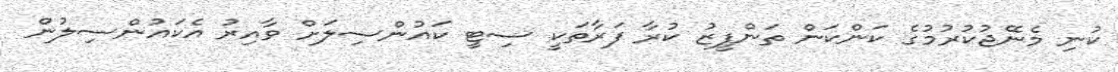
ކުނި މެނޭޖުކުރުމުގެ ކަންކަން ތަންފީޒު ކުރާ ފަރާތަކީ ސިޓީ ކައުންސިލަށް ވާއިރު އެކައުންސިލުން